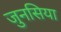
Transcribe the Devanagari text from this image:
जुनसिया